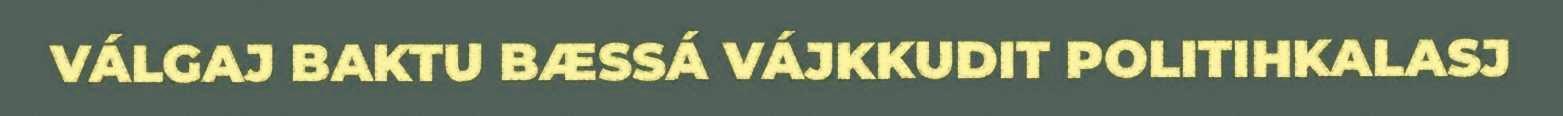
VÁLGAJ BAKTU BÆSSÁ VÁJKKUDIT POLITIHKALASJ